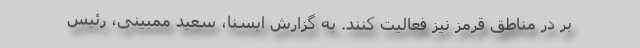
بر در مناطق قرمز نیز فعالیت کنند. به گزارش ایسنا، سعید ممبینی، رئیس